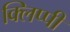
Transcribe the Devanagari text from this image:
क्लिप्पी